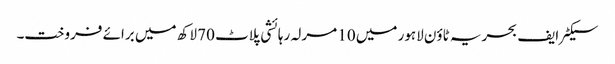
سیکٹر ایف بحریہ ٹاؤن لاہور میں 10 مرلہ رہائشی پلاٹ 70 لاکھ میں برائے فروخت۔